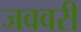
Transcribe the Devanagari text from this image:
जववरी